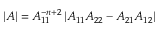
| A | = A _ { 1 1 } ^ { - n + 2 } \left| A _ { 1 1 } A _ { 2 2 } - A _ { 2 1 } A _ { 1 2 } \right|